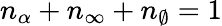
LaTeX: n_{\alpha}+n_{\infty}+n_{\emptyset}=1